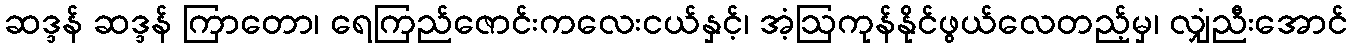
ဆဒ္ဒန် ဆဒ္ဒန် ကြာတော၊ ရေကြည်ဇောင်းကလေးငယ်နှင့်၊ အံ့ဩကုန်နိုင်ဖွယ်လေတည့်မှ၊ လျှံညီးအောင်